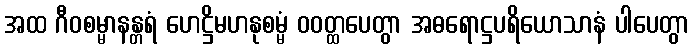
အထ ဂီဝစမ္မာနန္တရံ ဟေဋ္ဌိမဟနုစမ္မံ ဝဝတ္ထပေတွာ အဓရောဋ္ဌပရိယောသာနံ ပါပေတွာ